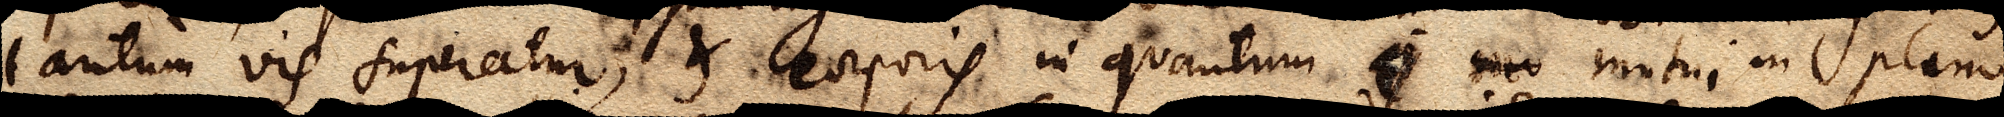
tantum vis superatur, et corporis in quantum xx xx motui in plano